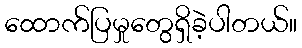
ထောက်ပြမှုတွေရှိခဲ့ပါတယ်။